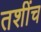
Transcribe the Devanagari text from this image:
तशींच